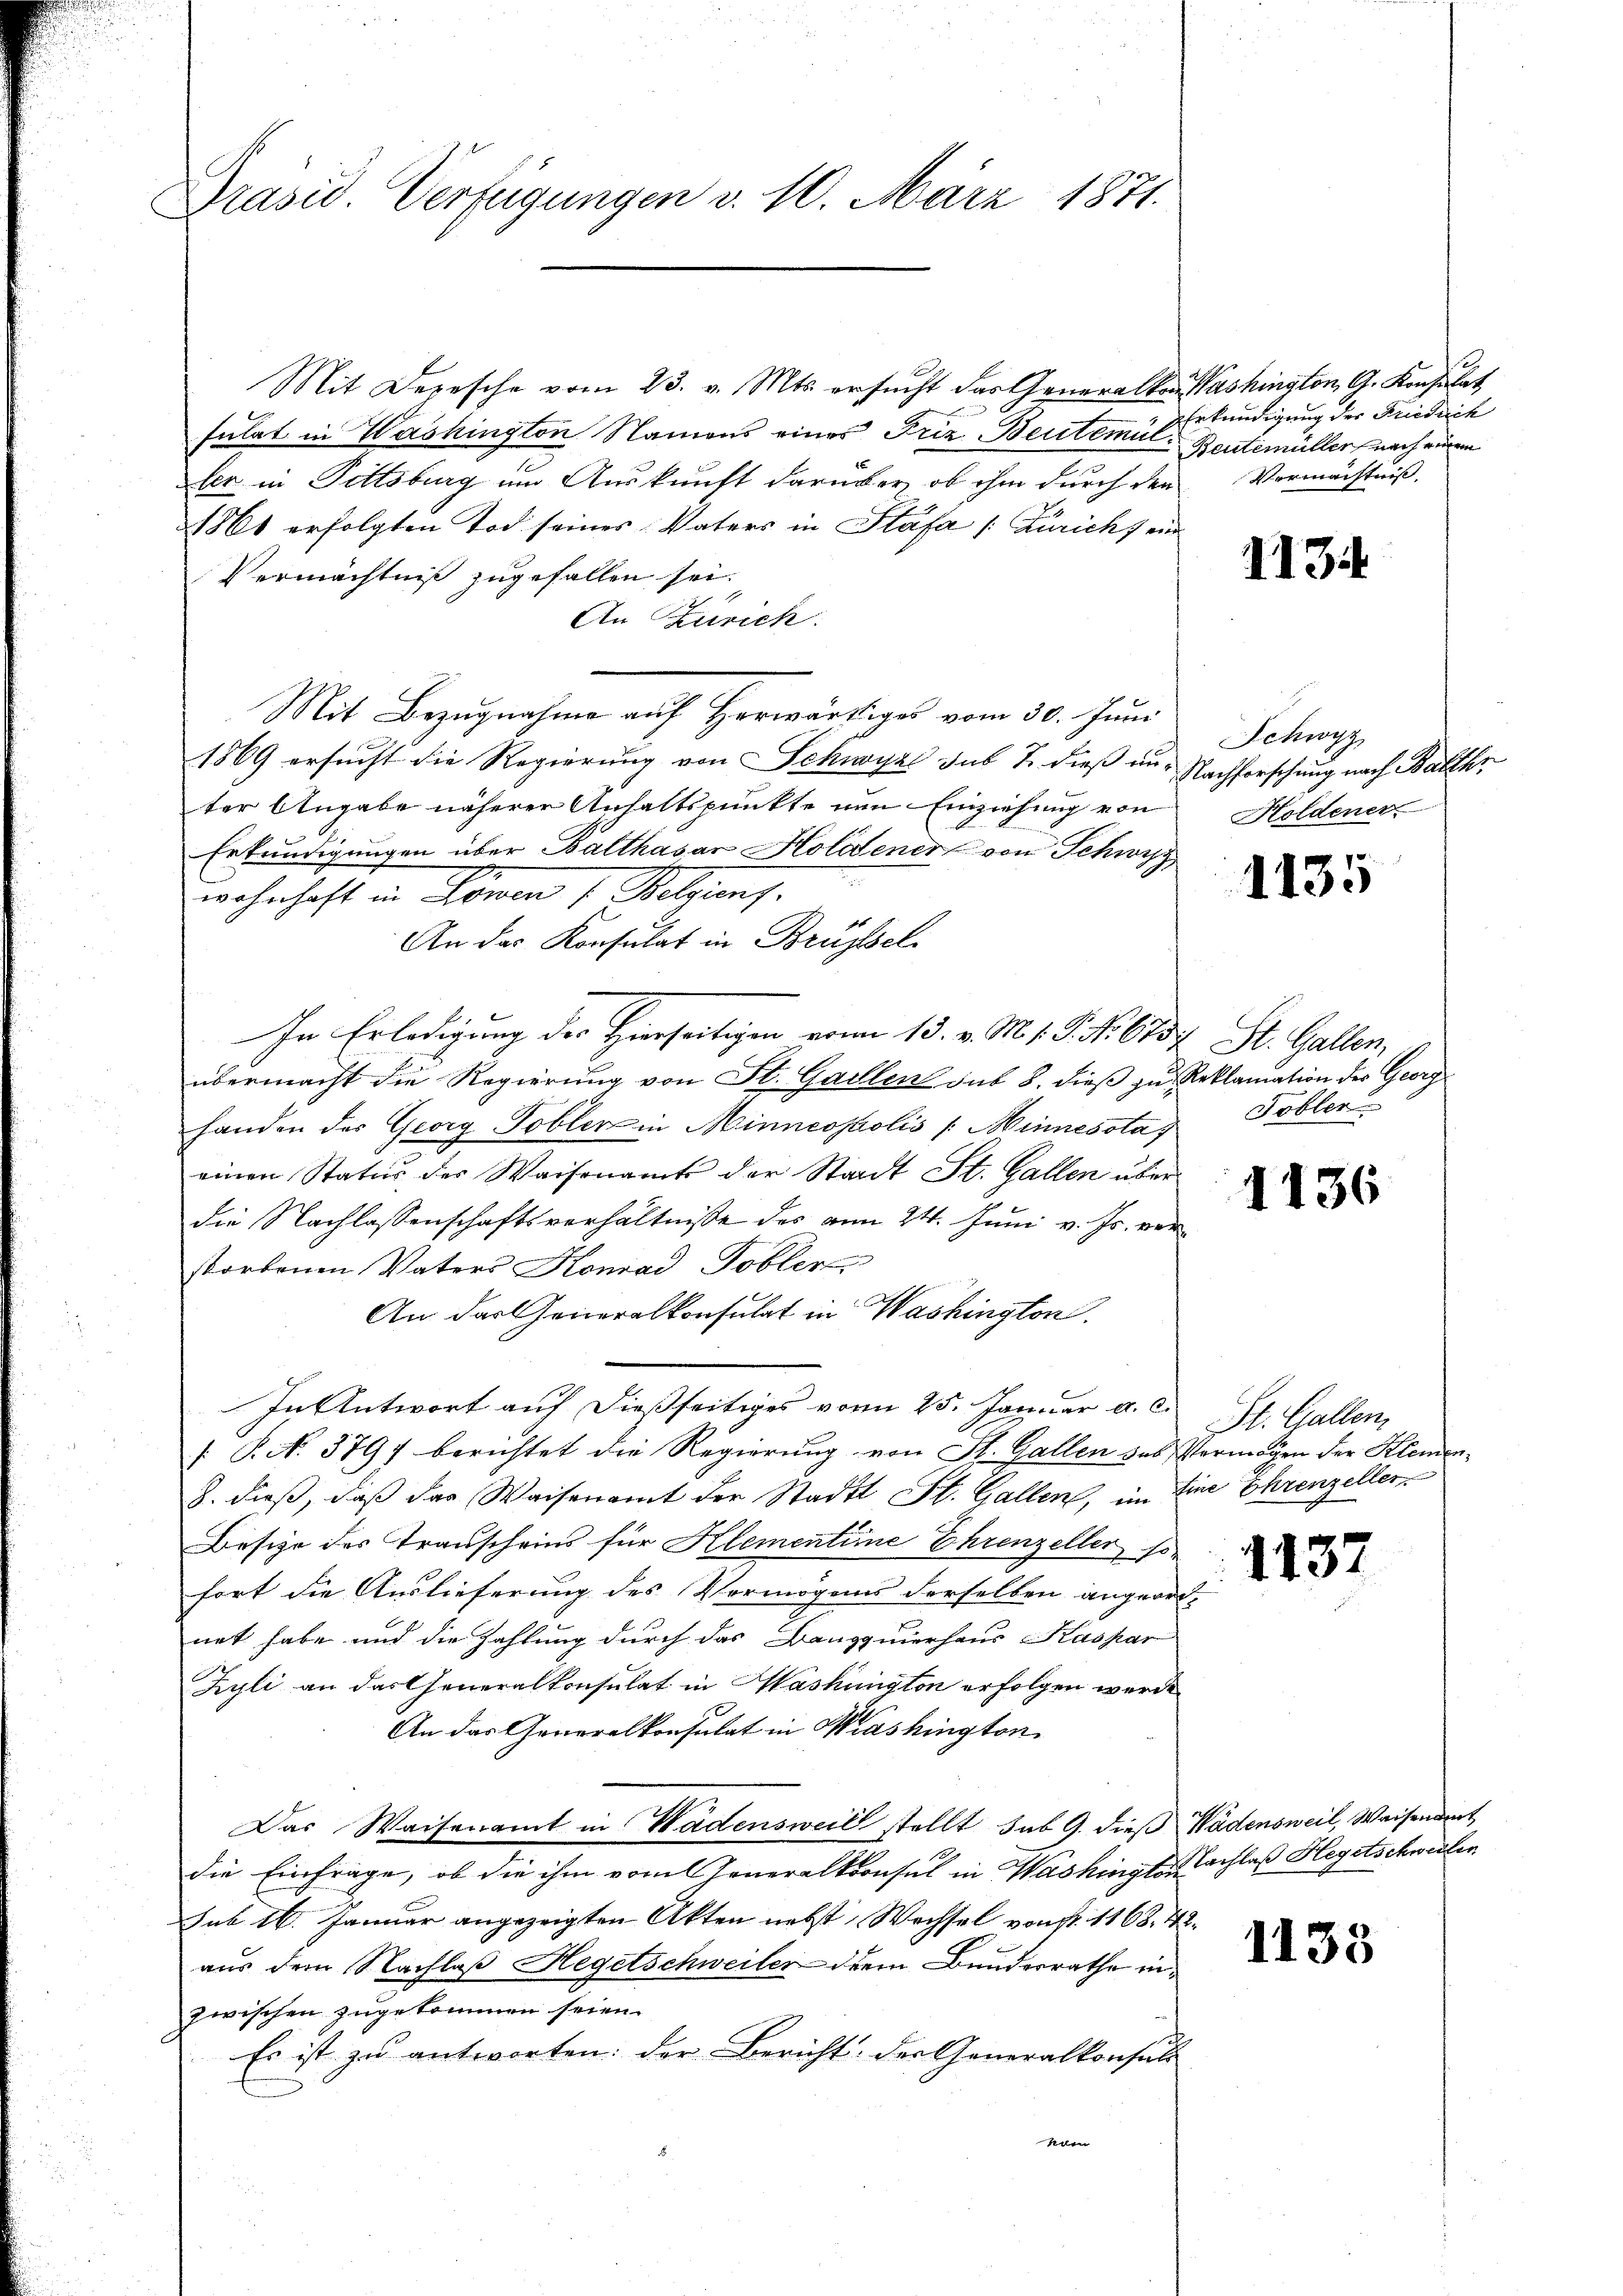
Präsid. Verfügungen v. 10. März 1871.

Mit Depesche vom 23. v. Mts. ersŭcht das Generalkon Washington G. Konsulat
sulat in Washington Namens eines Frie-Beutemüller in Pittsburg um Auskunft darüber, ob ihm durch den
1861 erfolgten Tod seines Vaters in Stäfa [Züricht ein
Vermächtniß zugefallen sei.
An Zürich
Mit Bezugnahme auf Herwärtiges vom 30. Juni
1869 ersucht die Regierung von Schwyz sub 7. dieß aus Nachforschung nach Balther
ter Angabe näherer Anhaltspunkte von Einziehung von
Erkundigungen über Balthasar Holidener von Schwyz
wohnhaft in Löwen 7 Belgieng.
An das Konsulat in Brüssel
In Erledigung der Hierseitigen vom 13. v. M. v. P. Nr. 6734 St. Gallen,
übermacht die Regierŭng von St. Gallen sub 8. dieβ zŭ Reklamation der Georg
handen der Georg Tobler in Minneostolis /: Minnesstag Tobler
einen Statur des Waisenamts der Stadt St. Gallen über
die Nachlassenschaftsverhältniße des am 24. Juni v. Js. verstorbenen Vaters Konrad Tobler
An der Generalkonsulat in Washington
In Antwort auf dießseitiges vom 25. Januar a. c.
. P. N. 3797 berichtet die Regierung von St. Gallen das Vermögen der Klemen¬
8. dieß, daß das Waisenamt der Stadtt St. Gallen, im Eine Ehrenzeller,
Besize des Transcheins für Klementine Ehrenzeller, so
fort die Auslieferung des Vermögens derselben angeord-
net habe und die Zahlung durch das Banquierhaus Kaspar
Zyli an das Generalkonsulat in Mashington erfolgen werde.
An das Generalkonsulat in Washington
Das Waisenamt in Wädensweil stellt, sub 9. dieß Wädensweil, Waisendert
die Einfrage, ob die ihm vom Generalkoonsul in Washingte Nachlaß Hegetschwerten
sub 16. Januar angezeigten Akten nebst Wechsel von fr. 1168. 48.
aus dem Nachlaß Hegetschweiler dem Bunderrathe inzwischen zugekommen seien.
Es ist zu antworten: der Bericht der Generalkonsuls
ham

Erkundigung der Friedrich
Beutemüller nach einen
Vermächtniß

1134

Schwyz
Holdenen

1135

1136

St. Gallen

1137

1133